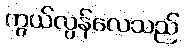
ကွယ်လွန်လေသည်